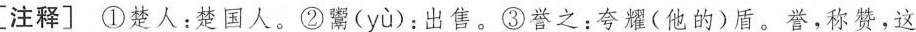
[注释〕①楚人：楚国人。②鬻( y ù )：出售。③誉之：夸耀(他的)盾。誉，称赞，这